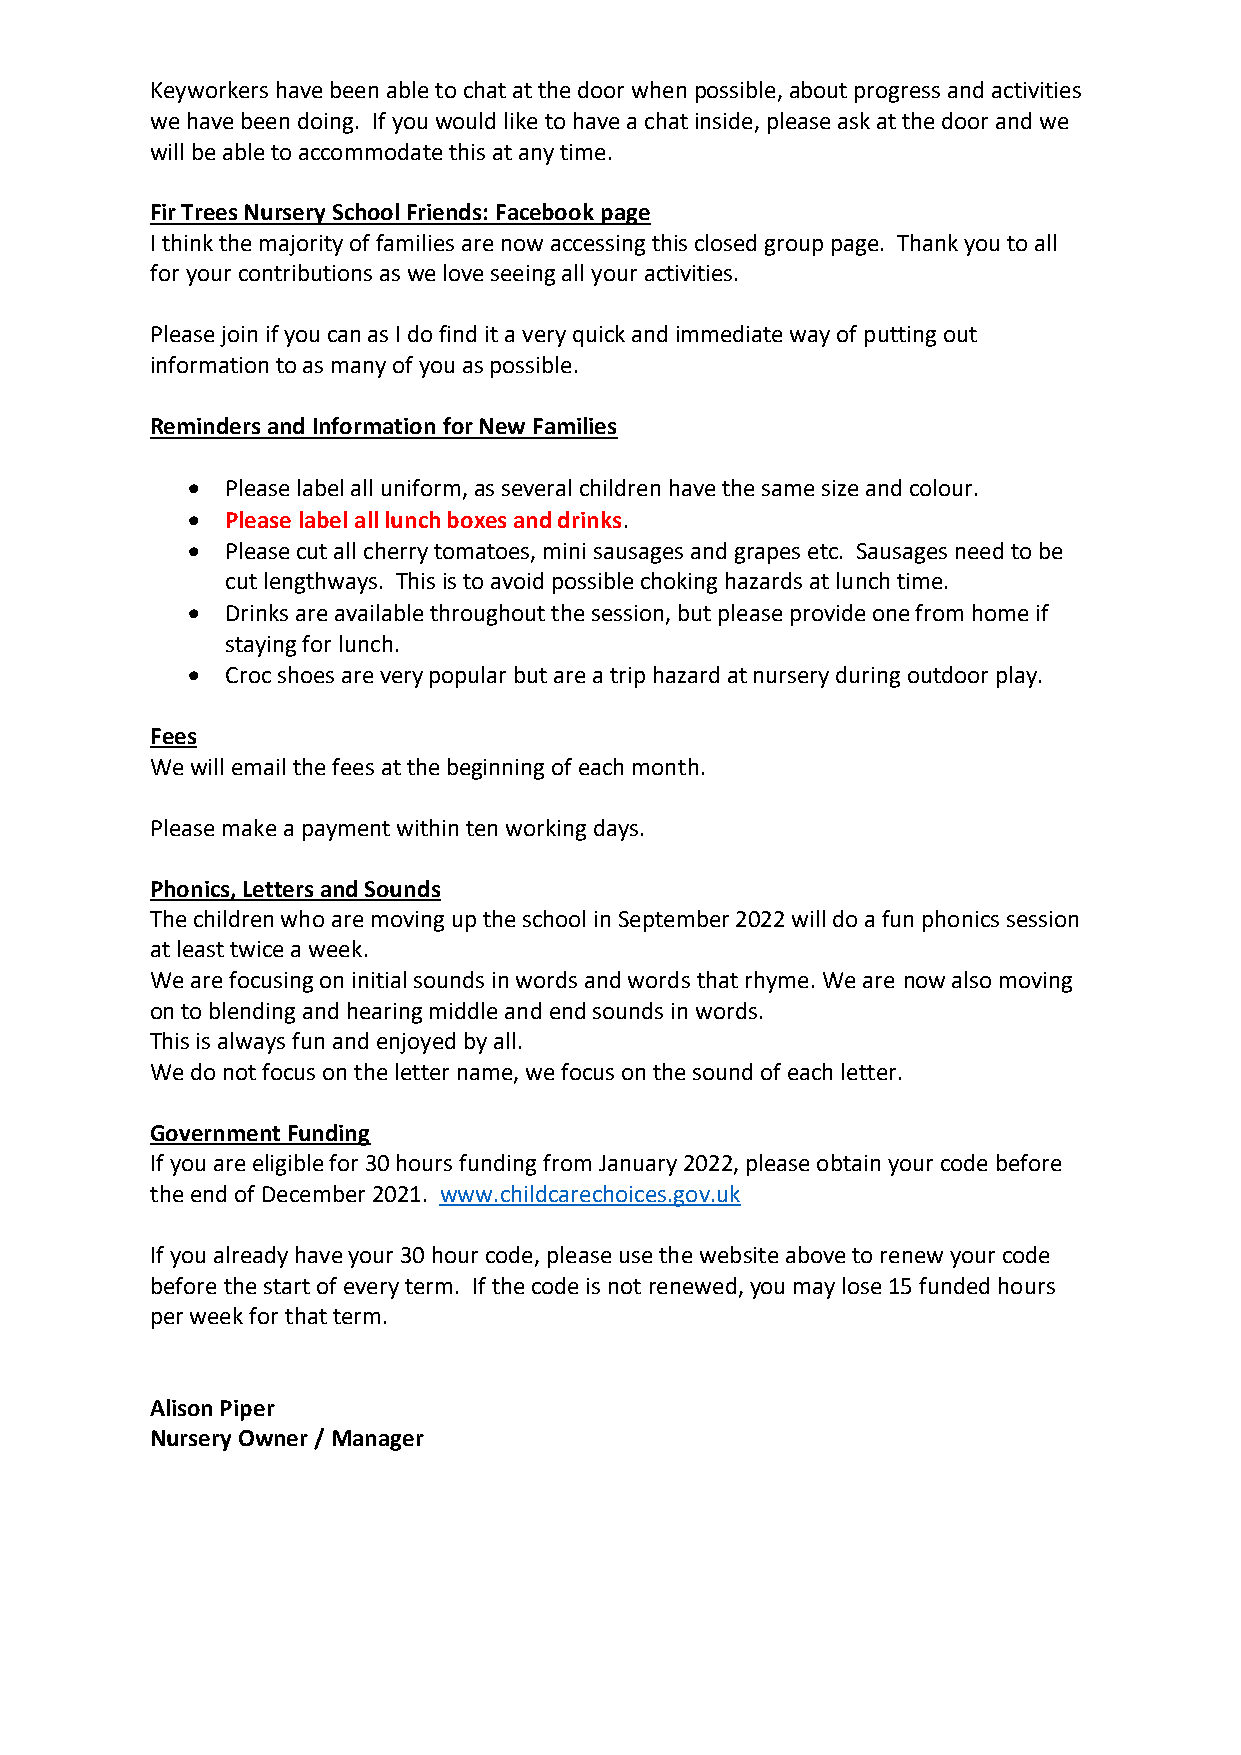
Keyworkers have been able to chat at the door when possible, about progress and activities
 we have been doing. If you would like to have a chat inside, please ask at the door and we
 will be able to accommodate this at any time.
 Fir Trees Nursery School Friends: Facebook page
 I think the majority of families are now accessing this closed group page. Thank you to all
 for your contributions as we love seeing all your activities.
 Please join if you can as I do find it a very quick and immediate way of putting out
 information to as many of you as possible.
 Reminders and Information for New Families
 •  Please label all uniform, as several children have the same size and colour.
 •  Please label all lunch boxes and drinks.
 •  Please cut all cherry tomatoes, mini sausages and grapes etc. Sausages need to be
 cut lengthways. This is to avoid possible choking hazards at lunch time.
 •  Drinks are available throughout the session, but please provide one from home if
 staying for lunch.
 •  Croc shoes are very popular but are a trip hazard at nursery during outdoor play.
 Fees
 We will email the fees at the beginning of each month.
 Please make a payment within ten working days.
 Phonics, Letters and Sounds
 The children who are moving up the school in September 2022 will do a fun phonics session
 at least twice a week.
 We are focusing on initial sounds in words and words that rhyme. We are now also moving
 on to blending and hearing middle and end sounds in words.
 This is always fun and enjoyed by all.
 We do not focus on the letter name, we focus on the sound of each letter.
 Government Funding
 If you are eligible for 30 hours funding from January 2022, please obtain your code before
 the end of December 2021. www.childcarechoices.gov.uk
 If you already have your 30 hour code, please use the website above to renew your code
 before the start of every term. If the code is not renewed, you may lose 15 funded hours
 per week for that term.
 Alison Piper
 Nursery Owner / Manager